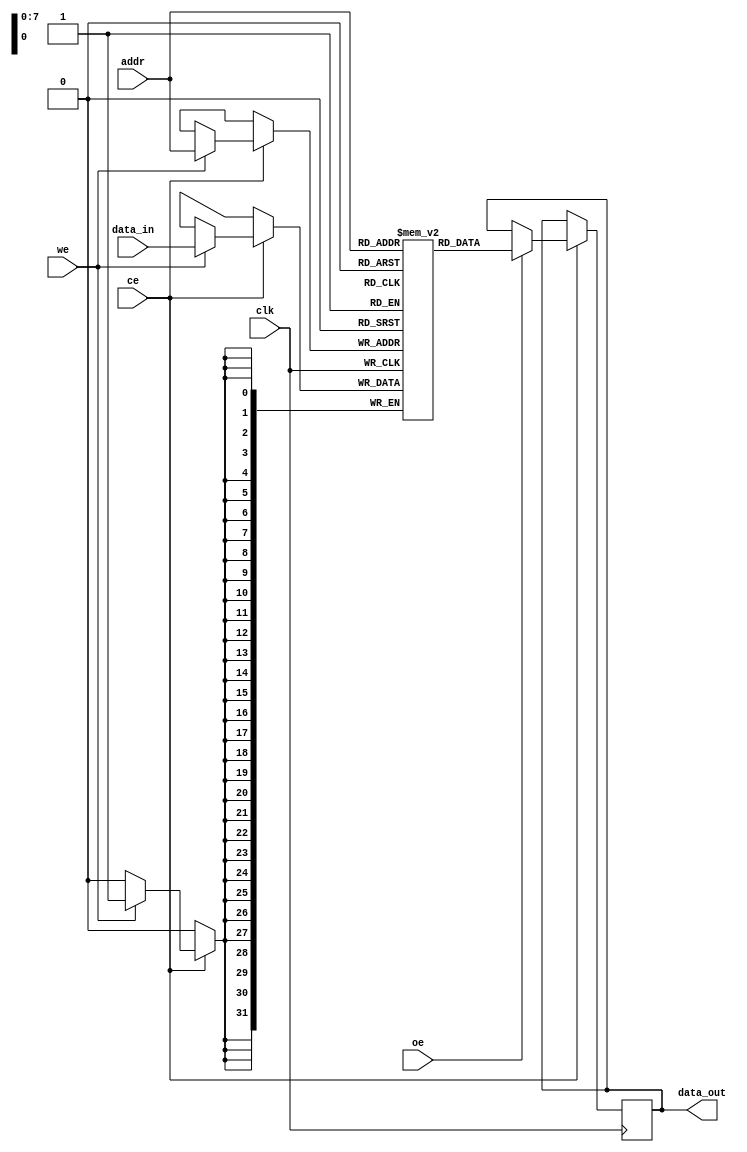
module embedded_sram #(
    parameter WORD_SIZE = 32,  // Size of each word in bits
    parameter DEPTH = 256       // Number of words in the SRAM
)(
    input wire clk,             // Clock signal
    input wire ce,              // Chip Enable
    input wire we,              // Write Enable
    input wire oe,              // Output Enable
    input wire [WORD_SIZE-1:0] data_in, // Data input for write operations
    input wire [$clog2(DEPTH)-1:0] addr, // Address input
    output reg [WORD_SIZE-1:0] data_out // Data output for read operations
);

    // Memory array declaration
    reg [WORD_SIZE-1:0] memory [0:DEPTH-1];

    // Read and Write operations
    always @(posedge clk) begin
        if (ce) begin
            if (we) begin
                // Write operation
                memory[addr] <= data_in;
            end
            if (oe) begin
                // Read operation
                data_out <= memory[addr];
            end
        end
    end

endmodule